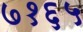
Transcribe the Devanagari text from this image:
७१६५